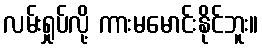
လမ်းရှုပ်လို့ ကားမမောင်းနိုင်ဘူး။